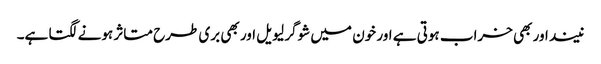
نیند اور بھی خراب ہوتی ہے اور خون میں شوگر لیویل اور بھی بری طرح متاثر ہونے لگتا ہے۔